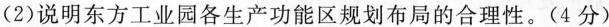
(2)说明东方工业园各生产功能区规划布局的合理性。(4分)